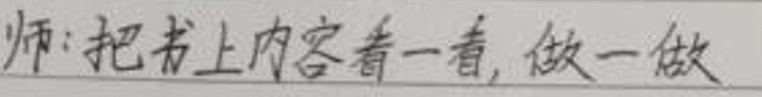
师：把书上内容看一看, 做一做